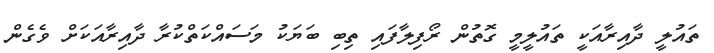
ތައުލީ ދާއިރާއަކީ ތައުލީމީ ގޮތުން ރޯފިލާފައި ތިބި ބަޔަކު މަސައްކަތްކުރާ ދާއިރާއަކަށް ވެގެން